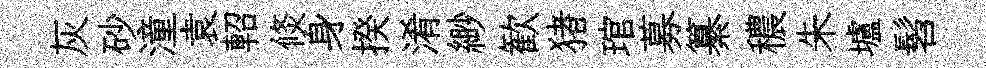
灰砂潼袁軺倐身揆淆緲歓猪琯募纂穠朱壚髫